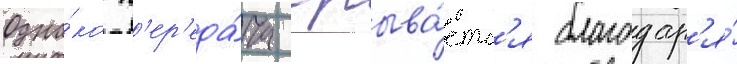
Одна́ко п'ер'еда́ча срыва́етс'я благодар'я́